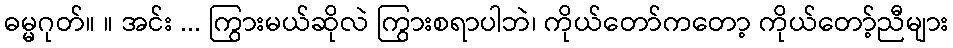
ဓမ္မဂုတ်။ ။ အင်း ... ကြွားမယ်ဆိုလဲ ကြွားစရာပါဘဲ၊ ကိုယ်တော်ကတော့ ကိုယ်တော့်ညီများ